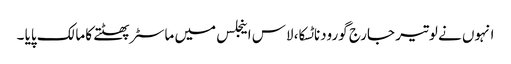
انہوں نے لوتیر جارج گورودناٹسکا، لاس اینجلس میں ماسٹر پھٹتے کا مالک پایا ۔